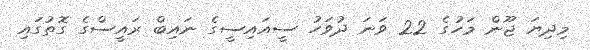
މިދިޔަ ޖޫން މަހުގެ 22 ވަނަ ދުވަހު ސީއައިސީގެ ނައިބް ރައީސްގެ ގޮތުގައި